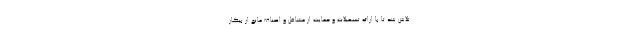
تلاش شد تا با ارائه تسهیلات و حمایت از مشاغل و اصناف مانع از بیکار